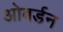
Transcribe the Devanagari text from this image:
ओबर्डन